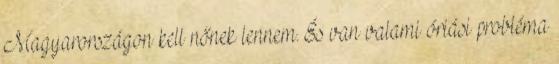
Magyarországon kell nőnek lennem. És van valami óriási probléma